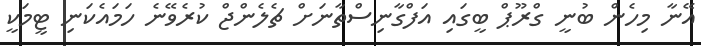
އޭނާ މިހެން ބުނީ ގްރޫޕް ބީގައި އަފްގާނިސްތާނަށް ޗެލެންޖް ކުރެވޭނެ ހަމައެކަނި ޓީމަކީ